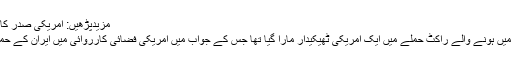
مزیدپڑھیں: امریکی صدر کا ایران پر فوری طور پر اضافی پابندیاں لگانے کا اعلان
اس سے قبل یعنی گزشتہ برس دسمبر میں شمالی عراق میں ہونے والے راکٹ حملے میں ایک امریکی ٹھیکیدار مارا گیا تھا جس کے جواب میں امریکی فضائی کارروائی میں ایران کے حمایت یافتہ جنگجووں کے 25 اراکین ہلاک ہوگئے تھے۔